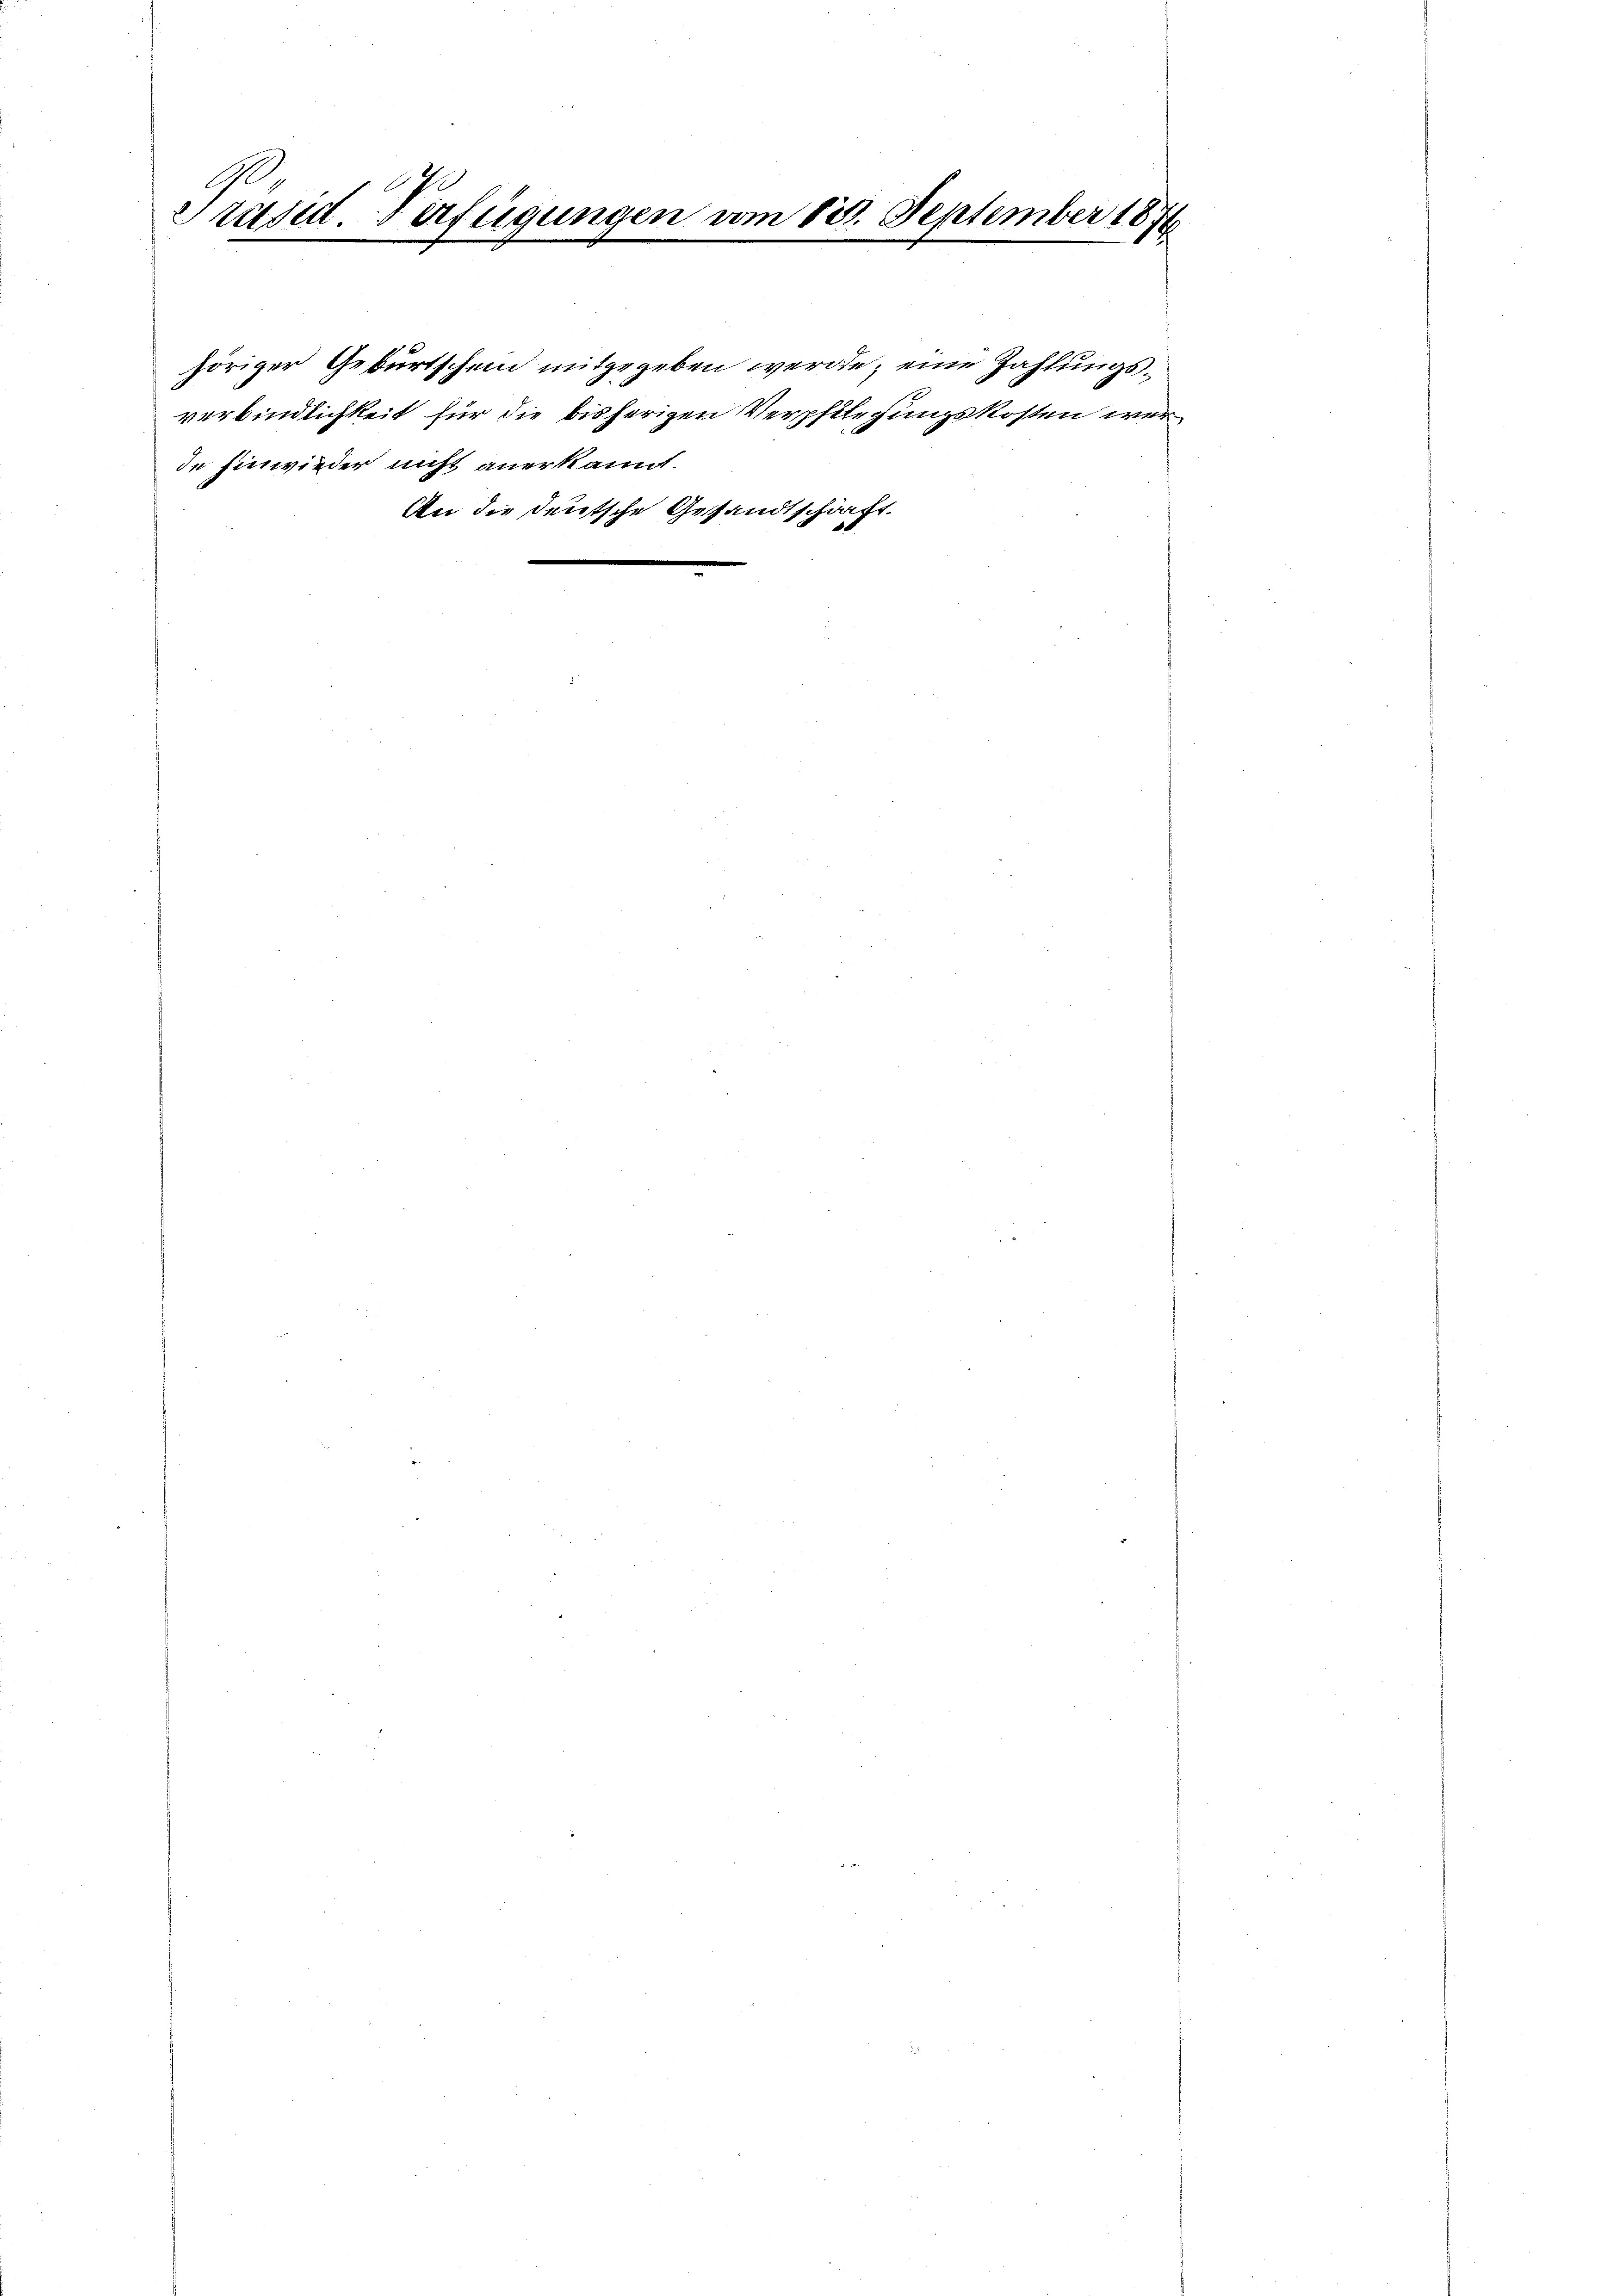
l
Präsid. Verfügungen vom 13. September 1876
“
e

höriger Geburtschein mitgegeben werden, eine Zahlungsverbindlichkeit für die bisherigen Verpflegungskosten werde hinwieder nicht anerkannt.
An die deutsche Gesandtschrift